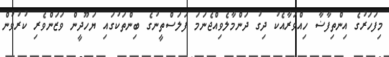
މިފަހަރުގެ އިންތިފާޟާ ހިއްވަރާއެކު ދިގު ދަންމާލެވިއްޖެނަމަ ފަލަސްތީނުގެ ބިންތަކުގައި ޔަހޫދީން ވަޒަންވެރި ކުރުވުން